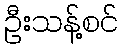
ဦးသန့်စင်